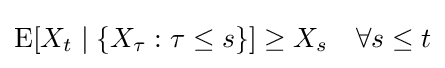
\operatorname {E} [X_{t}\mid \{X_{\tau }:\tau \leq s\}]\geq X_{s}\quad \forall s\leq t